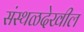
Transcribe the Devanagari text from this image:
संस्थळदेखील